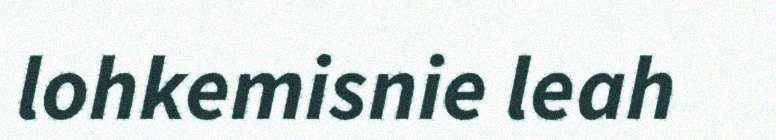
lohkemisnie leah